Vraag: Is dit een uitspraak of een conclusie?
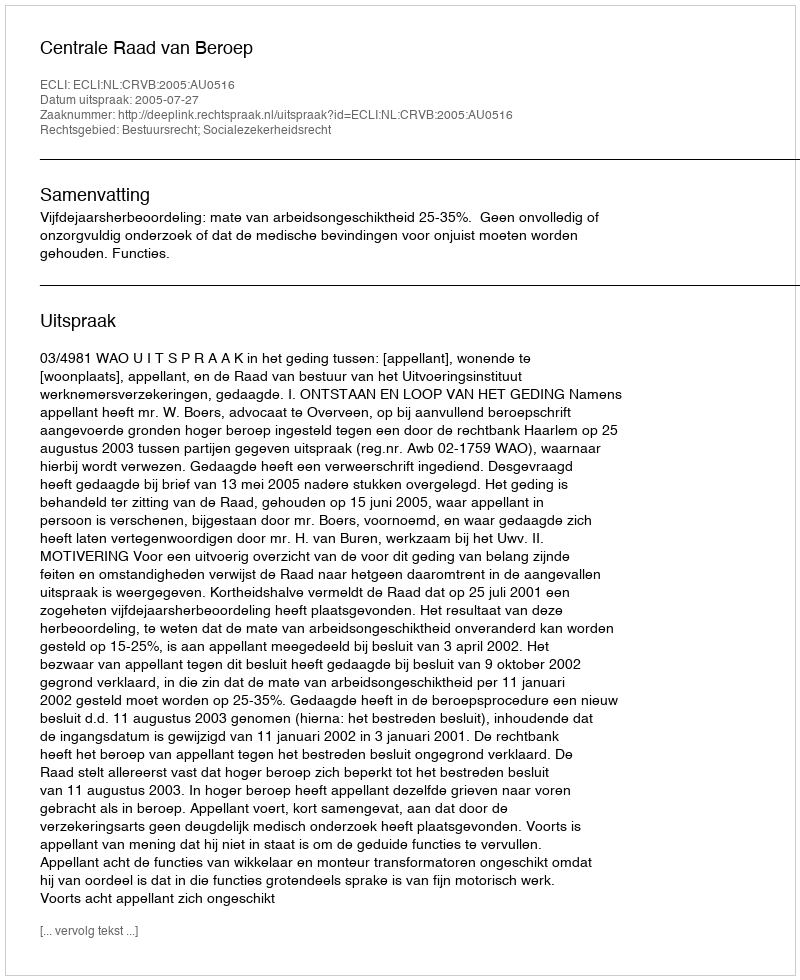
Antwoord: Uitspraak